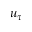
u _ { \tau }